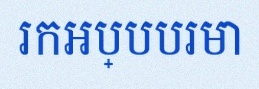
រកអប្បបរមា